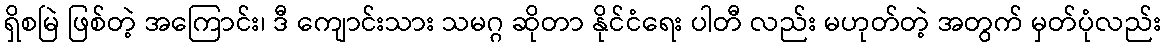
ရှိစမြဲ ဖြစ်တဲ့ အကြောင်း၊ ဒီ ကျောင်းသား သမဂ္ဂ ဆိုတာ နိုင်ငံရေး ပါတီ လည်း မဟုတ်တဲ့ အတွက် မှတ်ပုံလည်း